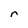
Character: r